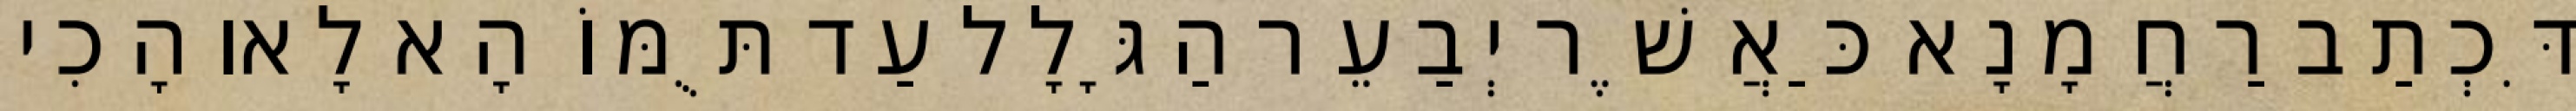
דִּכְתַב רַחֲמָנָא כַּאֲשֶׁר יְבַעֵר הַגָּלָל עַד תֻּמּוֹ הָא לָאו הָכִי